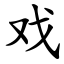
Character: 戏